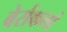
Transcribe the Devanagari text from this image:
बेर्राकलां